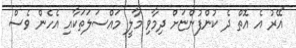
"އޭރު އެ އޮތް ދެ ކުންފުންޏަށް ދިމާވި މާލީ މައްސަލަތަކާއި އެހެން ވެސް